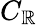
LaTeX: C_{\mathbb{R}}